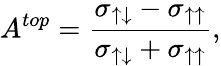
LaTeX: A^{top}={\frac{\sigma_{\uparrow\downarrow}-\sigma_{\uparrow\uparrow}}{\sigma_{\uparrow\downarrow}+\sigma_{\uparrow\uparrow}}},